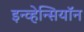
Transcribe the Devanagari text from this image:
इन्व्हेन्सियॉन